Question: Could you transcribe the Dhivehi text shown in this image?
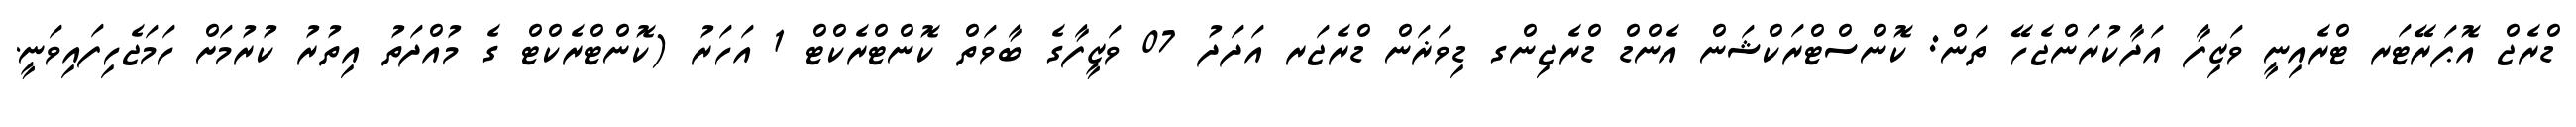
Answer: ޑްރެޖް އޮޕަރޭޓަރ ޓްރެއިނީ ވަޒިފާ އަދާކުރަންޖެހޭ ތަން: ކޮންސްޓްރަކްޝަން އެންޑް ޑްރެޖިންގ ޑިވަޜަން ޑްރެޖަރ އަދަދު 07 ވަޒީފާގެ ބާވަތް ކޮންޓްރެކްޓް 1 އަހަރު (ކޮންޓްރެކްޓް ގެ މުއްދަތު އިތުރު ކުރުމަށް ހަމަޖެހިފައިވަނީ.